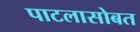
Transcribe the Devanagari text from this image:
पाटलासोबत